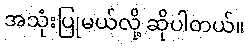
အသုံးပြုမယ်လို့ ဆိုပါတယ်။